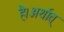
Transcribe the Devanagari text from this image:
है।अर्थात्